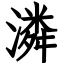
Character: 潾